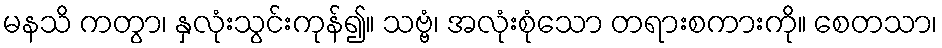
မနသိ ကတွာ၊ နှလုံးသွင်းကုန်၍။ သဗ္ဗံ၊ အလုံးစုံသော တရားစကားကို။ စေတသာ၊